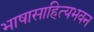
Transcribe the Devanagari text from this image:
भाषासाहित्यभवन